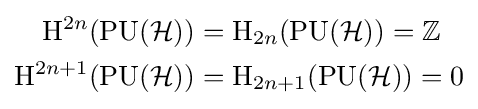
{\begin{aligned}\mathrm {H} ^{2n}(\mathrm {PU} ({\mathcal {H}}))&=\mathrm {H} _{2n}(\mathrm {PU} ({\mathcal {H}}))=\mathbb {Z} \\\mathrm {H} ^{2n+1}(\mathrm {PU} ({\mathcal {H}}))&=\mathrm {H} _{2n+1}(\mathrm {PU} ({\mathcal {H}}))=0\end{aligned}}